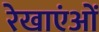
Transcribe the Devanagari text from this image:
रेखाएंओं